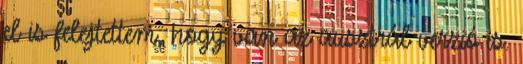
el is felejtettem, hogy van az ausztrál verzió is.